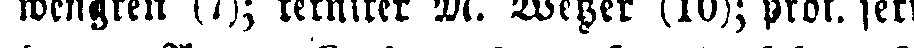
wengren (7); tekniker M. Wetzer (10); prot. sekr.